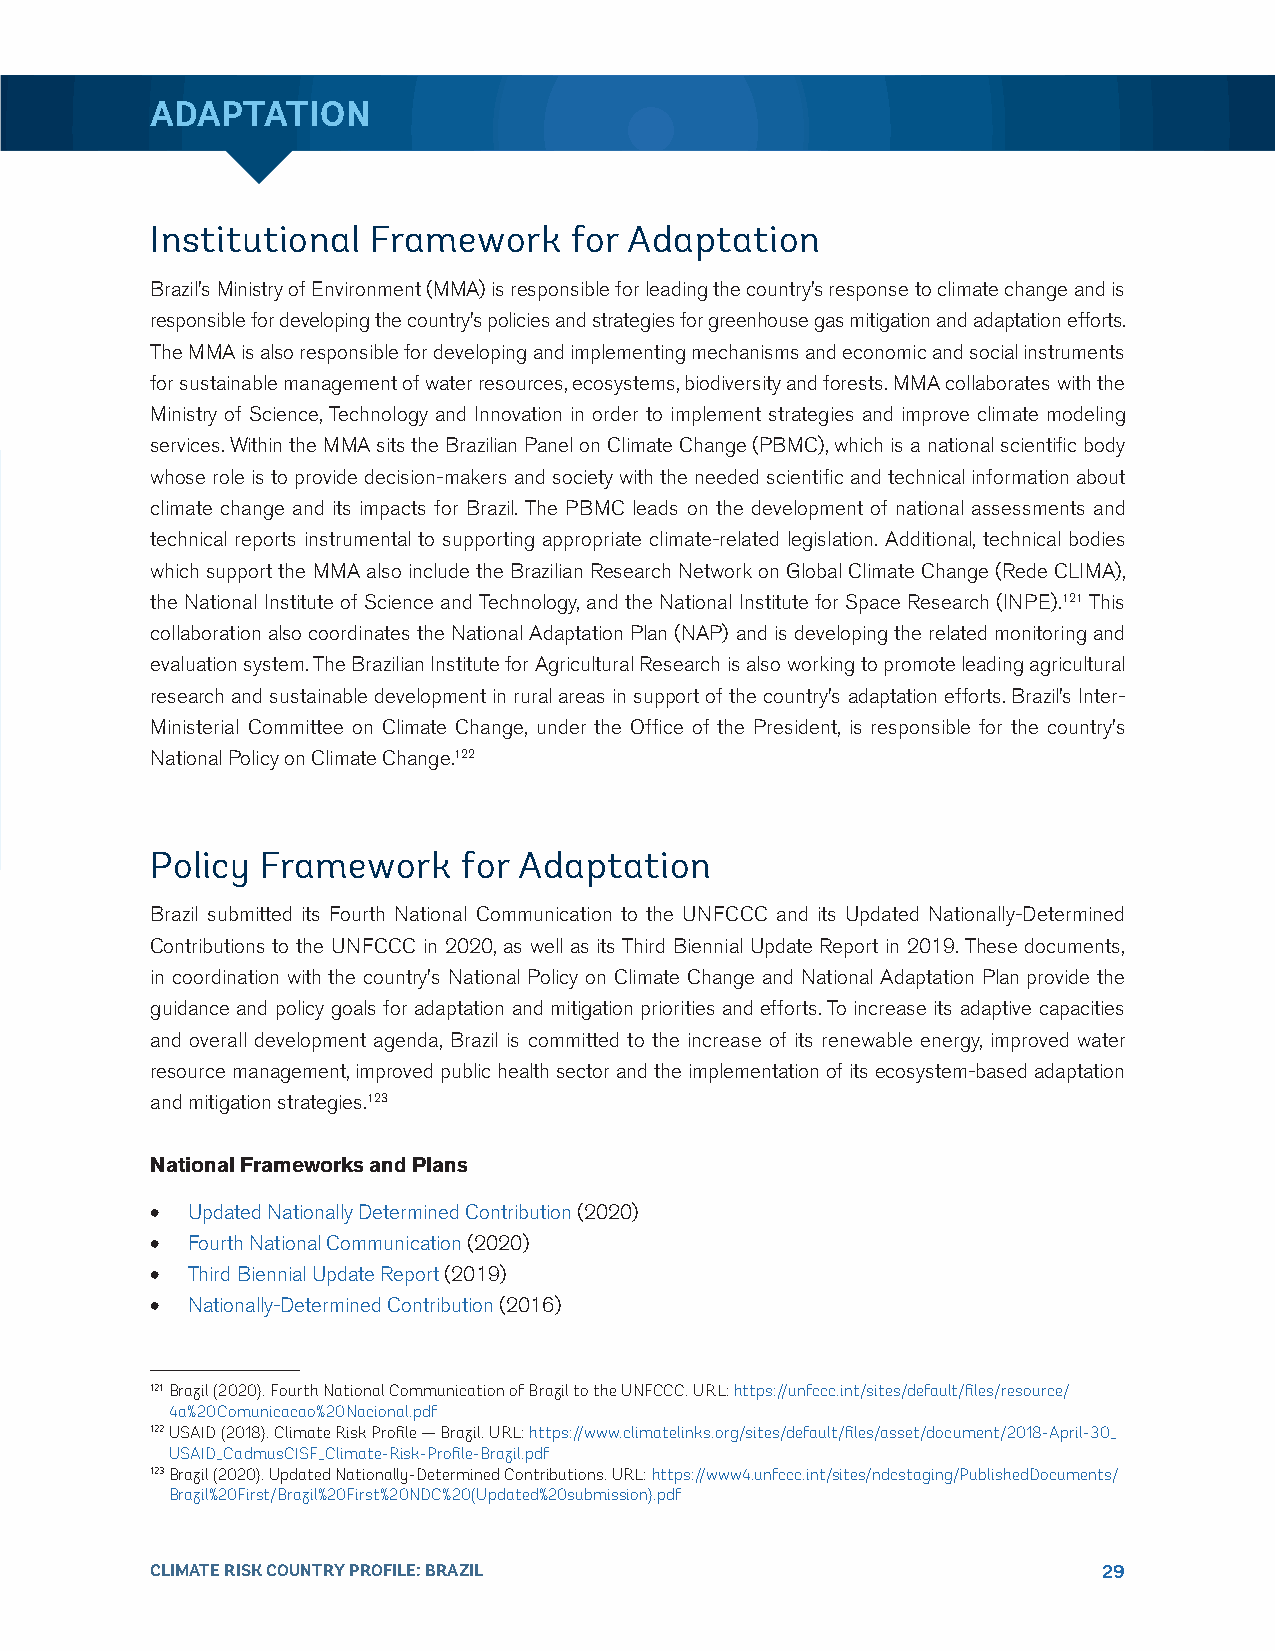
ADAPTATION
 Institutional Framework     for Adaptation
 Brazil’s Ministry of Environment (MMA) is responsible for leading the country’s response to climate change and is
 responsible for developing the country’s policies and strategies for greenhouse gas mitigation and adaptation efforts.
 The MMA is also responsible for developing and implementing mechanisms and economic and social instruments
 for sustainable management of water resources, ecosystems, biodiversity and forests. MMA collaborates with the
 Ministry of Science, Technology and Innovation in order to implement strategies and improve climate modeling
 services. Within the MMA sits the Brazilian Panel on Climate Change (PBMC), which is a national scientific body
 whose role is to provide decision-makers and society with the needed scientific and technical information about
 climate change and its impacts for Brazil. The PBMC leads on the development of national assessments and
 technical reports instrumental to supporting appropriate climate-related legislation. Additional, technical bodies
 which support the MMA also include the Brazilian Research Network on Global Climate Change (Rede CLIMA),
 the National Institute of Science and Technology, and the National Institute for Space Research (INPE).121 This
 collaboration also coordinates the National Adaptation Plan (NAP) and is developing the related monitoring and
 evaluation system. The Brazilian Institute for Agricultural Research is also working to promote leading agricultural
 research and sustainable development in rural areas in support of the country’s adaptation efforts. Brazil’s Inter-
 Ministerial Committee on Climate Change, under the Office of the President, is responsible for the country’s
 National Policy on Climate Change.122
 Policy Framework     for Adaptation
 Brazil submitted its Fourth National Communication to the UNFCCC and its Updated Nationally-Determined
 Contributions to the UNFCCC in 2020, as well as its Third Biennial Update Report in 2019. These documents,
 in coordination with the country’s National Policy on Climate Change and National Adaptation Plan provide the
 guidance and policy goals for adaptation and mitigation priorities and efforts. To increase its adaptive capacities
 and overall development agenda, Brazil is committed to the increase of its renewable energy, improved water
 resource management, improved public health sector and the implementation of its ecosystem-based adaptation
 and mitigation strategies.123
 National Frameworks and Plans
 • Updated Nationally Determined Contribution (2020)
 • Fourth National Communication (2020)
 • Third Biennial Update Report (2019)
 • Nationally-Determined Contribution (2016)
 121 Brazil (2020). Fourth National Communication of Brazil to the UNFCCC. URL: https://unfccc.int/sites/default/files/resource/
 4a%20Comunicacao%20Nacional.pdf
 122 USAID (2018). Climate Risk Profile — Brazil. URL: https://www.climatelinks.org/sites/default/files/asset/document/2018-April-30_
 USAID_CadmusCISF_Climate-Risk-Profile-Brazil.pdf
 123 Brazil (2020). Updated Nationally-Determined Contributions. URL: https://www4.unfccc.int/sites/ndcstaging/PublishedDocuments/
 Brazil%20First/Brazil%20First%20NDC%20(Updated%20submission).pdf
 CLIMATE RISK COUNTRY PROFILE: BRAZIL                           29